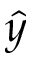
\hat { y }